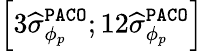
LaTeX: \left[3\widehat{\sigma}_{\phi_{p}}^{\texttt{PACO}};12\widehat{\sigma}_{\phi_{p}}^{\texttt{PACO}}\right]